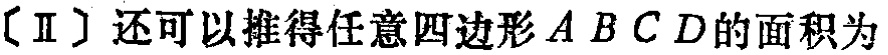
（Ⅱ）还可以推得任意四边形\(ABCD\)的面积为